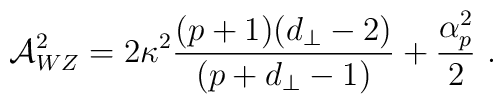
{\cal A}_{WZ}^2 = 2 \kappa^2 \frac{(p+1)(d_\perp-2)}{(p+d_\perp-1)}+ \frac{\alpha_p^2}{2} \ .